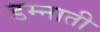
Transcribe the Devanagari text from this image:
डम्नाती